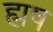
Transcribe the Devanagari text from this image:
ह्मष